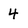
Character: 4